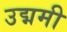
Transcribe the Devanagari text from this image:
उद्ममी